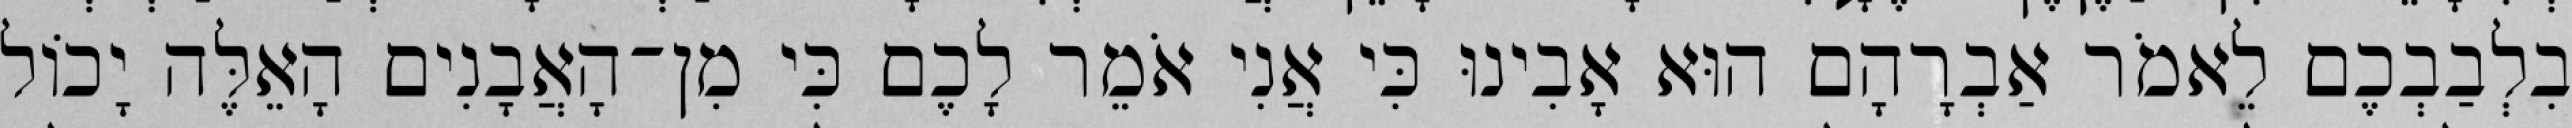
בִלְבַבְכֶם לֵאמֹר אַבְרָהָם הוּא אָבִינוּ כִּי אֲנִי אֹמֵר לָכֶם כִּי מִן־הָאֲבָנִים הָאֵלֶּה יָכוֹל